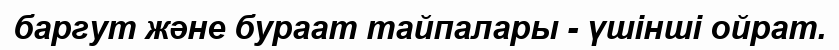
баргут және бураат тайпалары - үшінші ойрат.